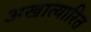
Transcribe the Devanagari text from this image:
अखात्यारित